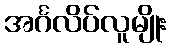
အင်္ဂလိပ်လူမျိုး